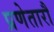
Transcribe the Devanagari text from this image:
प्रणेतारौ